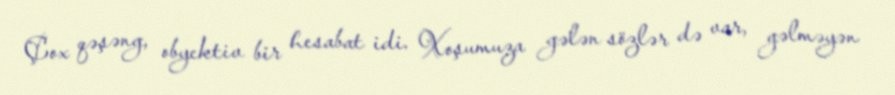
Çox qəşəng, obyektiv bir hesabat idi. Xoşumuza gələn sözlər də var, gəlməyən